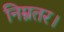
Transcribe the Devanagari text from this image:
निम्नतर।